画像に写った文字を読んでください
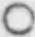
「○」と書いてあります